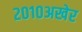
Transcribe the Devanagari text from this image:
२०१०अखेर